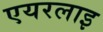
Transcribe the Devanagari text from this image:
एयरलाइ